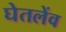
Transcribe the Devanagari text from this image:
घेतलेंव